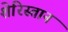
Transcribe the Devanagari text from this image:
शेरिस्तान